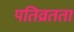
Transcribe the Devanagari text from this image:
पतिव्रतता